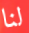
لنا